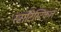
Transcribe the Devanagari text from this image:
स्टाटिस्टिकल